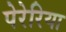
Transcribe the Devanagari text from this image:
पेरेरिया